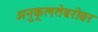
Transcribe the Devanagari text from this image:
अनुकूलतेबरोबर